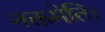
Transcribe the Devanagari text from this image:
नक्तमेति।